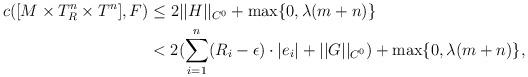
LaTeX: \begin{align*}c([M\times T^n_R\times T^n],F)& \leq 2||H||_{C^0}+\max\{0,\lambda(m+n)\}\\ & <2(\sum_{i=1}^n(R_i-\epsilon)\cdot |e_i|+||G||_{C^0})+\max\{0,\lambda(m+n)\},\end{align*}